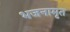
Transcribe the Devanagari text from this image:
भजनामृत